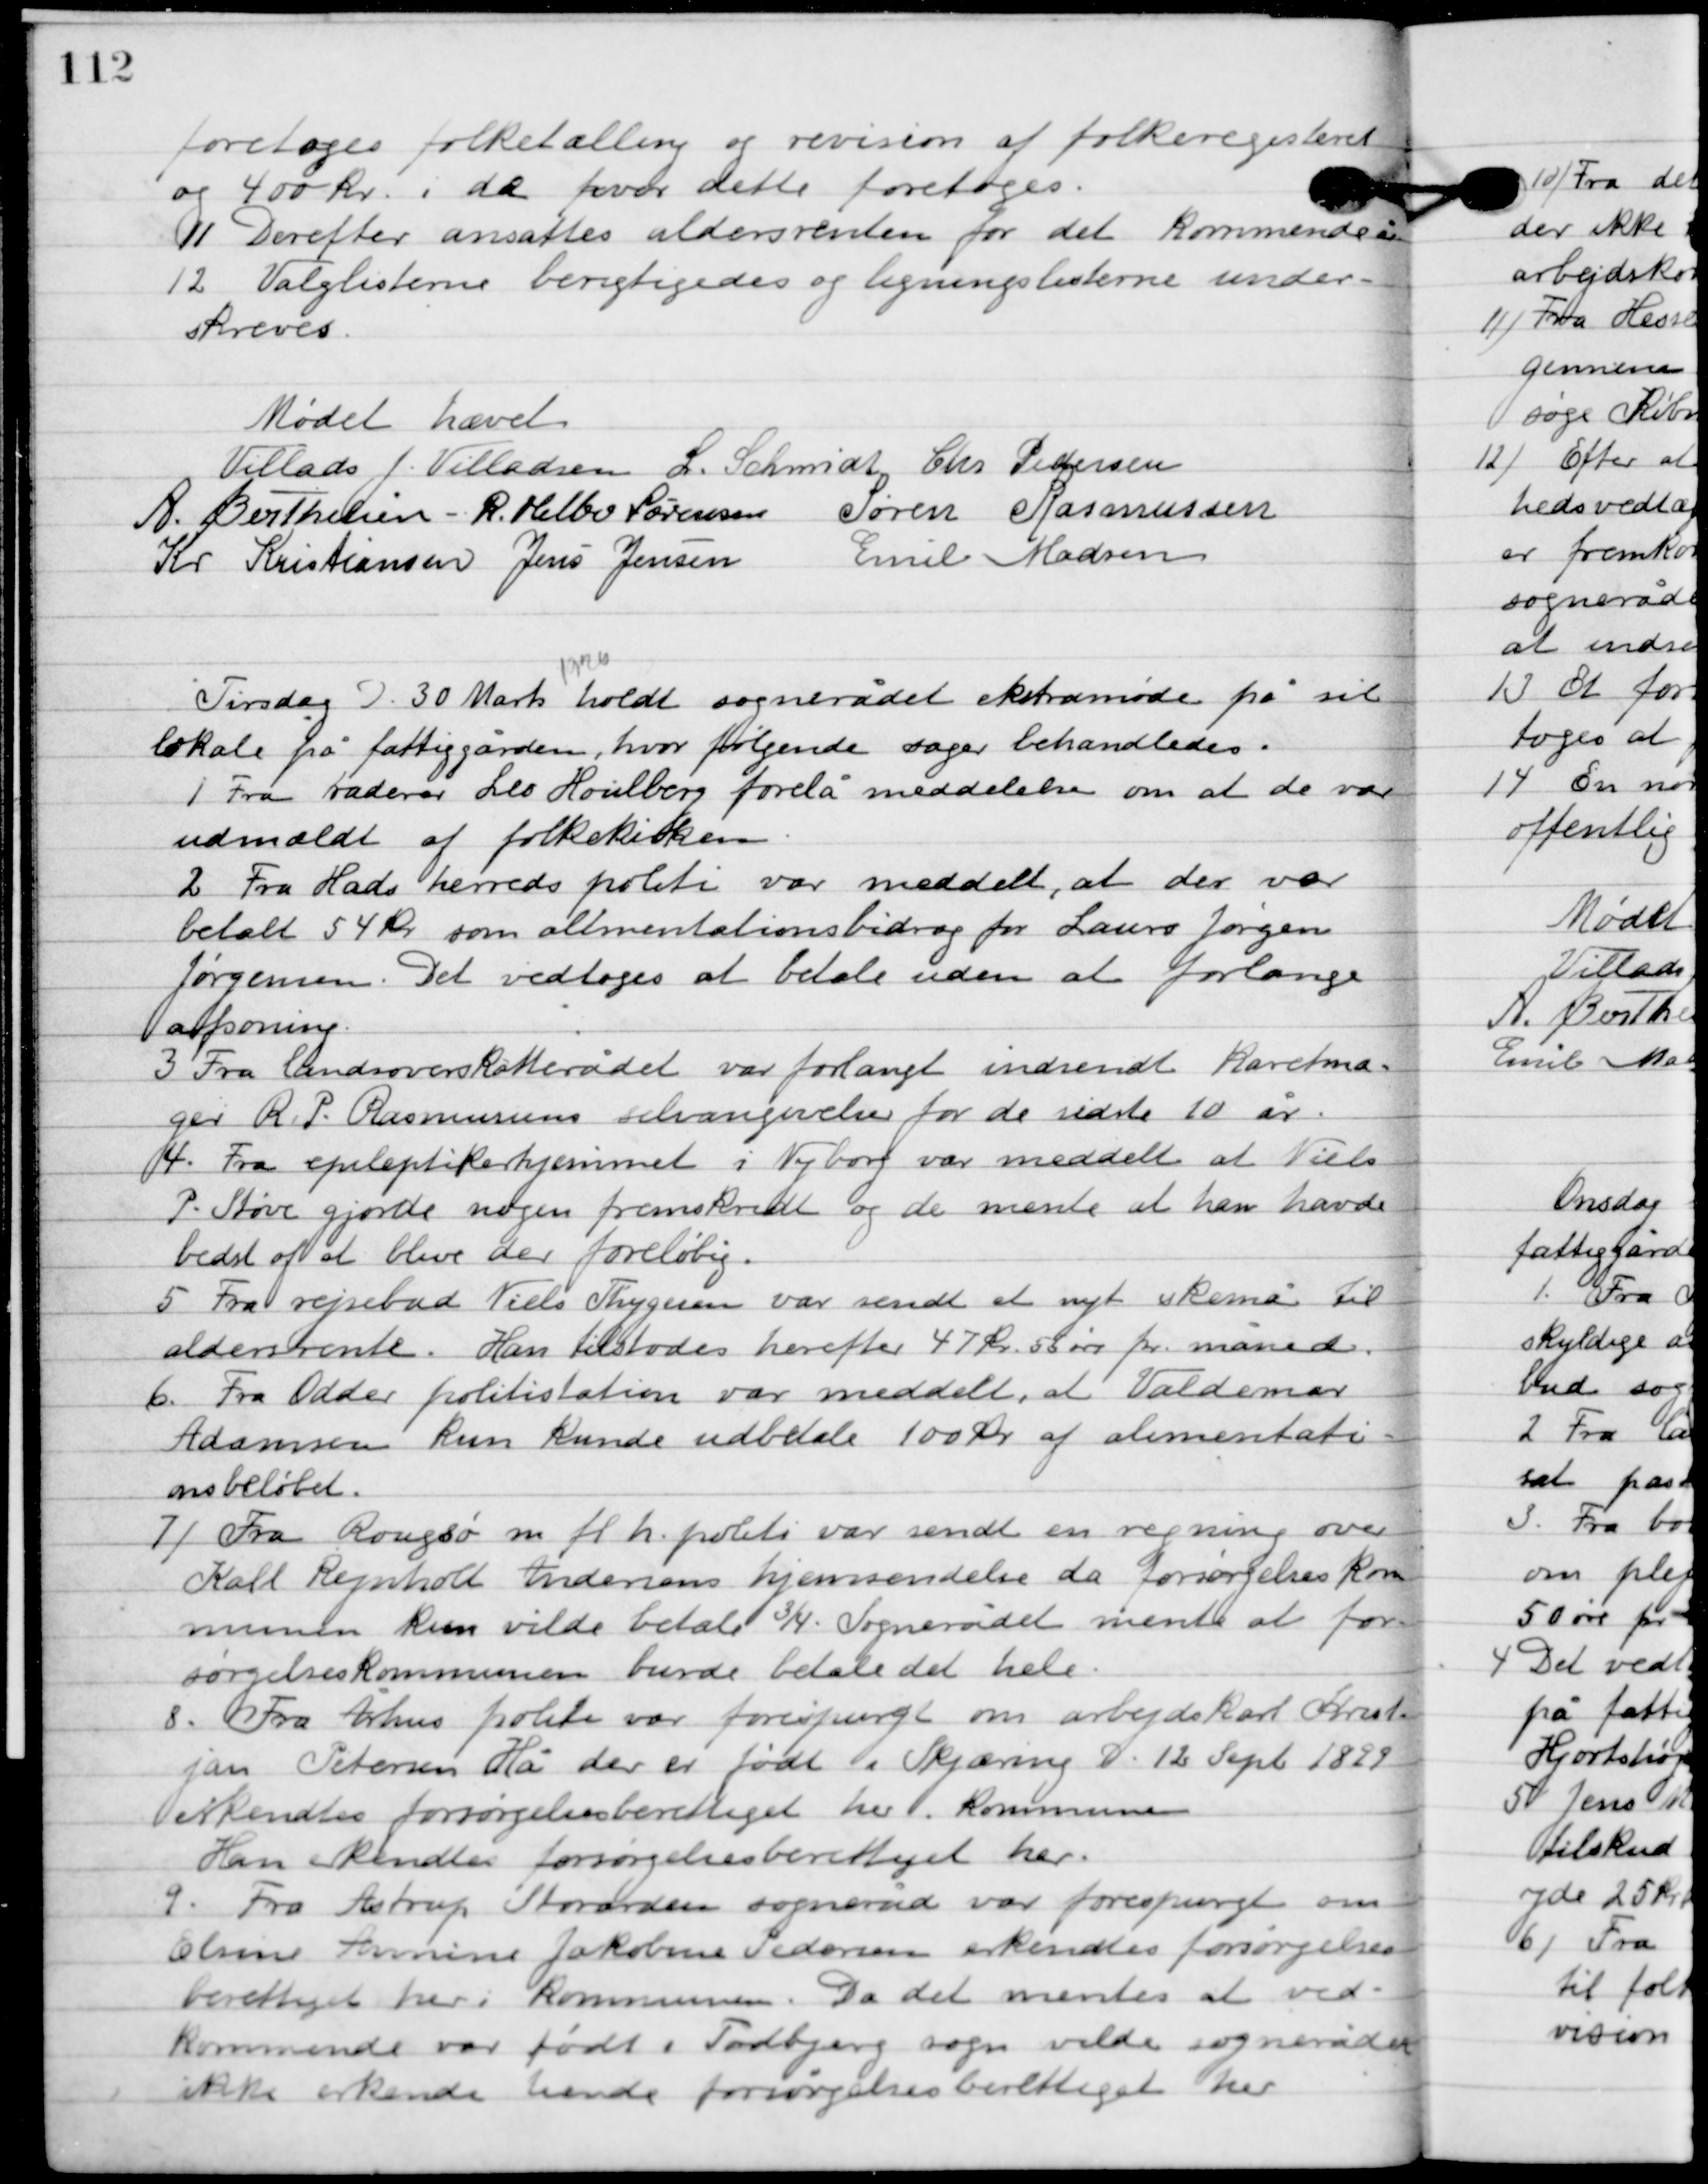
Transskription:
foretoges folketælling og revision af folkeregisteret
og 400 kr. i da hvor dette foretoges.

11

Derefter ansattes aldersrenten for det kommende år.

12

Valglisterne berigtigedes og ligningslisterne under-
skrives.

Mødet hævet.

Villads J. Villadsen
I. Schmidt
Chr. Pedersen
A. Berthelsen
R. Helbo Sørensen
Søren Rasmussen
Kr. Kristiansen
Jens Jensen
Emil Madsen

Tirsdag D. 30 Marts 1926 holdt sognerådet møde på sit
lokale på fattiggården, hvor følgende sager behandledes.

1

Fra raderer Leo Houlberg forelå meddelelse om at de var
udmældt af folkekirken.

2

Fra Hads herreds politi var meddelt, at der var
 betalt 54 kr. som alimentationsbedrag for Laurs Jørgen
Jørgensen. Det vedtoges at betale uden at forlange
afsoning.

3

Fra landsoverskatterådet var forlangt indsendt Karetma-
ger R. P. Rasmussens selvangivelse for de sidste 10 år.

4

Fra epileptikerhjemmet i Nyborg var meddelt at Niels
P. Støve gjorde nogen fremskridt og de mente at han havde
bedst af at blive der foreløbig.

5

Fra rejsebud Niels Thygesen var sendt et nyt skema til
aldersrente. Han tilstodes herefter 47 kr. 55 øre pr. måned.

6

Fra Odder politistation var meddelt, at Valdemar
Adamsen kun kunde udbetale 100 kr. af alimentati-
onsbeløbet.

7

Fra Rougsø m. f. h. politis var sendt en regning over
Karl Rejnholt Andersens hjemsendelse da forsørgelsens kom-
munen kun vilde betale ¾. Sognerådet mente at for-
sørgelseskommunen burde betale det hele.

8

Fra Århus politi var forespurgt om arbejdskarl Kristi-
jan Petersen Hå der er født i Skjæring D. 12. Sept 1899
erkendtes forsørgelsesberettiget her i kommunen.
Han erkendtes forsøgelsesberettiget her.

9

Fra Astrup Store arden sogneråd var forespurgt om
Elsine Annine Jakobsen Pedersen erkendtes forøgelses-
berettiget her i kommunen. Da det mentes at ved-
kommende var født i Todbjerg sogn vilde sognerådet
ikke erkende hende forsørgelses berettiget her.